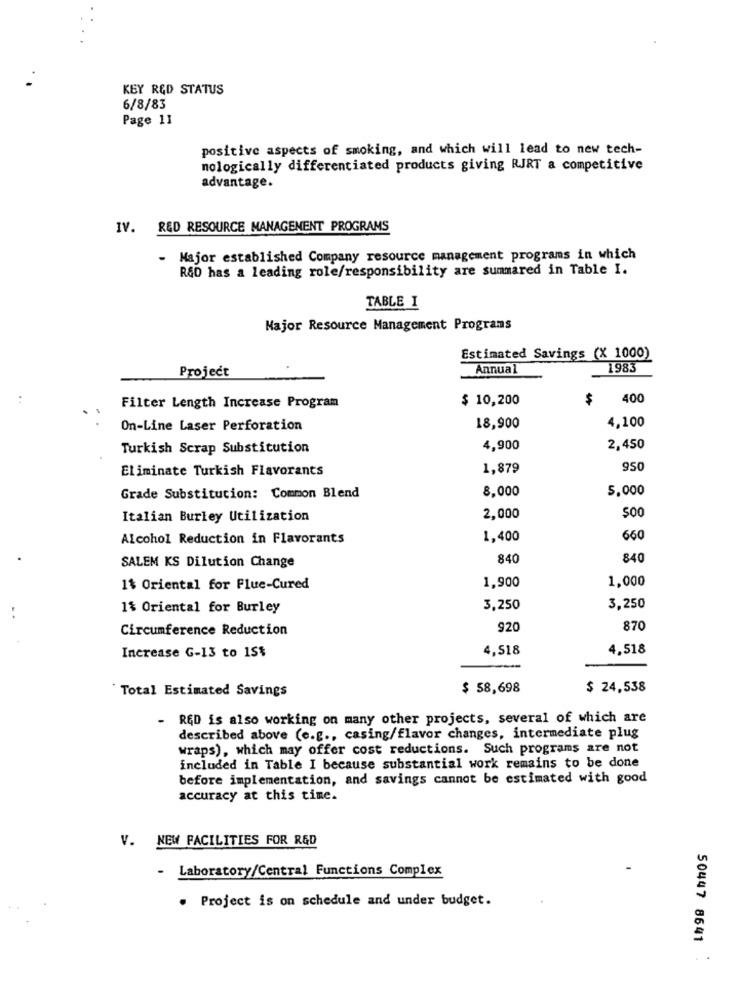
KEY RED STATUS
6/8/83
Page 11
positive aspects of smoking, and which will lead to new tech-
mologically differentiated products giving RJRT a competitive
advantage.
IV. RED RESOURCE MANAGEMENT PROGRAMS
- Major established Company resource management programs in which
R&D has a leading role/responsibility are summared in Table I.
TABLE I
Najor Resource Management Programs
Estimated Savings (X 1000)
Annual
1983
Project
$ 10,200
$
400
Filter Length Increase Program
4,100
On-Line Laser Perforation
18,900
Turkish Scrap Substitution
4,900
2,450
Eliminate Turkish Flavorants
1,879
950
8,000
5.000
Grade Substitution: Common Blend
Italian Burley Utilization
2,000
Alcohol Reduction in Flavorants
1,400
660
SALEM KS Dilution Change
840
840
1,000
1% Oriental for Flue-Cured
1,900
1% Oriental for Burley
3,250
3,250
Circumference Reduction
920
870
Increase G-13 to 15%
4,518
4.518
Total Estimated Savings
$ 58,698
$ 24,538
- RED is also working on many other projects, several of which are
described above (e.g ., casing/flavor changes, intermediate plug
wraps), which may offer cost reductions. Such programs are not
included in Table I because substantial work remains to be done
before implementation, and savings cannot be estimated with good
accuracy at this time.
V. NEW FACILITIES FOR R&D
-
Laboratory/Central Functions Complex
. Project is on schedule and under budget.
50447 8641